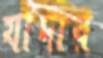
যাদার